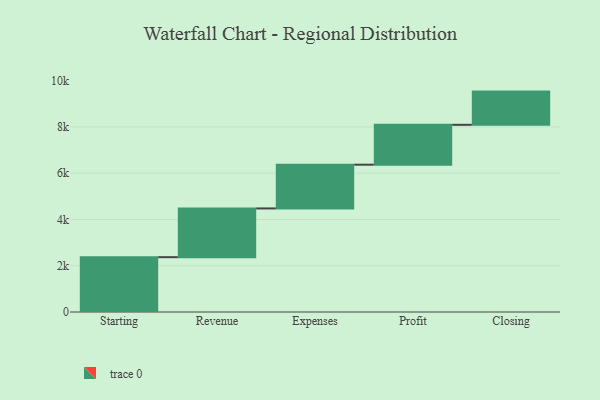
{"axis": {"x": "Step", "y": "Value"}, "legend": [""], "data": [{"x": "Starting", "y": 2370.0, "type": ""}, {"x": "Revenue", "y": 2108.0, "type": ""}, {"x": "Expenses", "y": 1891.0, "type": ""}, {"x": "Profit", "y": 1724.0, "type": ""}, {"x": "Closing", "y": 1436.0, "type": ""}]}